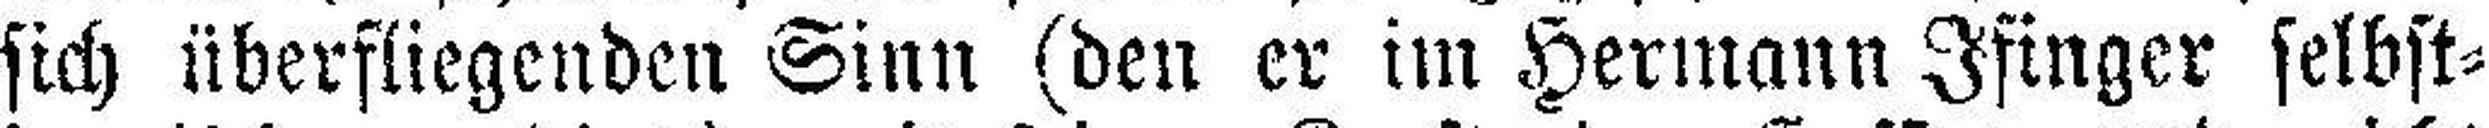
sich überfliegenden Sinn (den er im Hermann Ifinger selbst¬